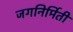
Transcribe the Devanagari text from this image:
जगनिर्मिती